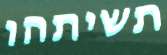
תשיתהו